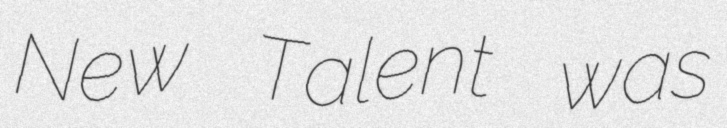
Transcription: New Talent was